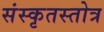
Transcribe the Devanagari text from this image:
संस्कृतस्तोत्र